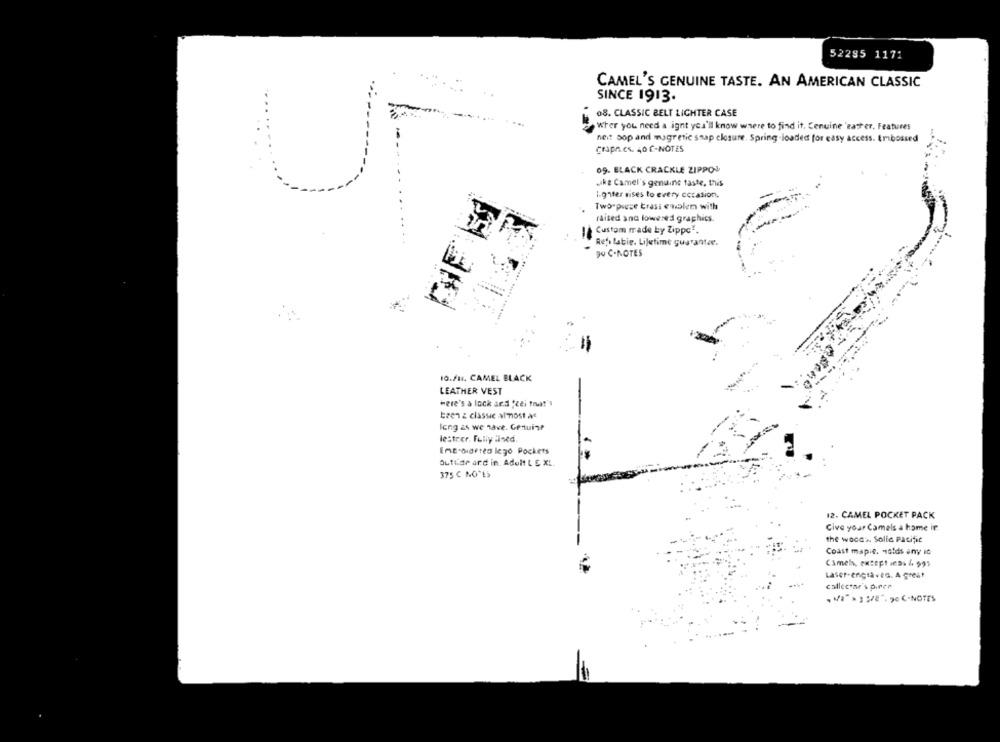
52295 1171
CAMEL'S GENUINE TASTE. AN AMERICAN CLASSIC
SINCE 1913.
08. CLASSIC BELT LICHTER CASE
Wher you need a ignt you'll know where to find it, Cenuine 'eather. Features
neit sop and magrenic snap closure. Spring loaded for easy access. Embossed
Graphes. 40 ℃-NOTES
09. BLACK CRACKLE ZIPPO!
.ke Camel's genuine taste, this
i.gnter rises to every coration.
Two pigge brasi ewolem with
raised ano lowered graphics.
Custom made by Zippe".
Refi latie. Lifetime guarantee.
90 C-NOTES
10.Fu. CAMEL BLACK
LEATHER VEST
Here's a lock ard "Lei that"
brenz classe almost as
long as we have. Genuine
lestrer. Fully lined.
Ent-barten leg0 Pockets
Outtar ard in. Adult L C XL
375 C NOTES
12. CAMEL POCKET PACK
Give your Camels a home in
the wood% Solic Pacific
Coast mapie. volds any ic
Camels, except Jess & $95
Laser-engraved. A great
callectar's p.rco